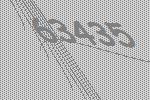
63435